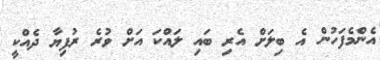
އެންމެފަހުން އެ ބިލަށް އެރި ބައި ލައްކަ އަށް ވުރެ ރުފިޔާ ދެއްކީ